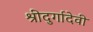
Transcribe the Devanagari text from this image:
श्रीदुर्गादेवी